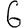
Digit: 6